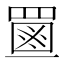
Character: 𦋶